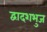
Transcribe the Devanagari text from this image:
द्वादशभुज